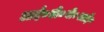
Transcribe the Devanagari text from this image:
आई०डी०बी०आई०